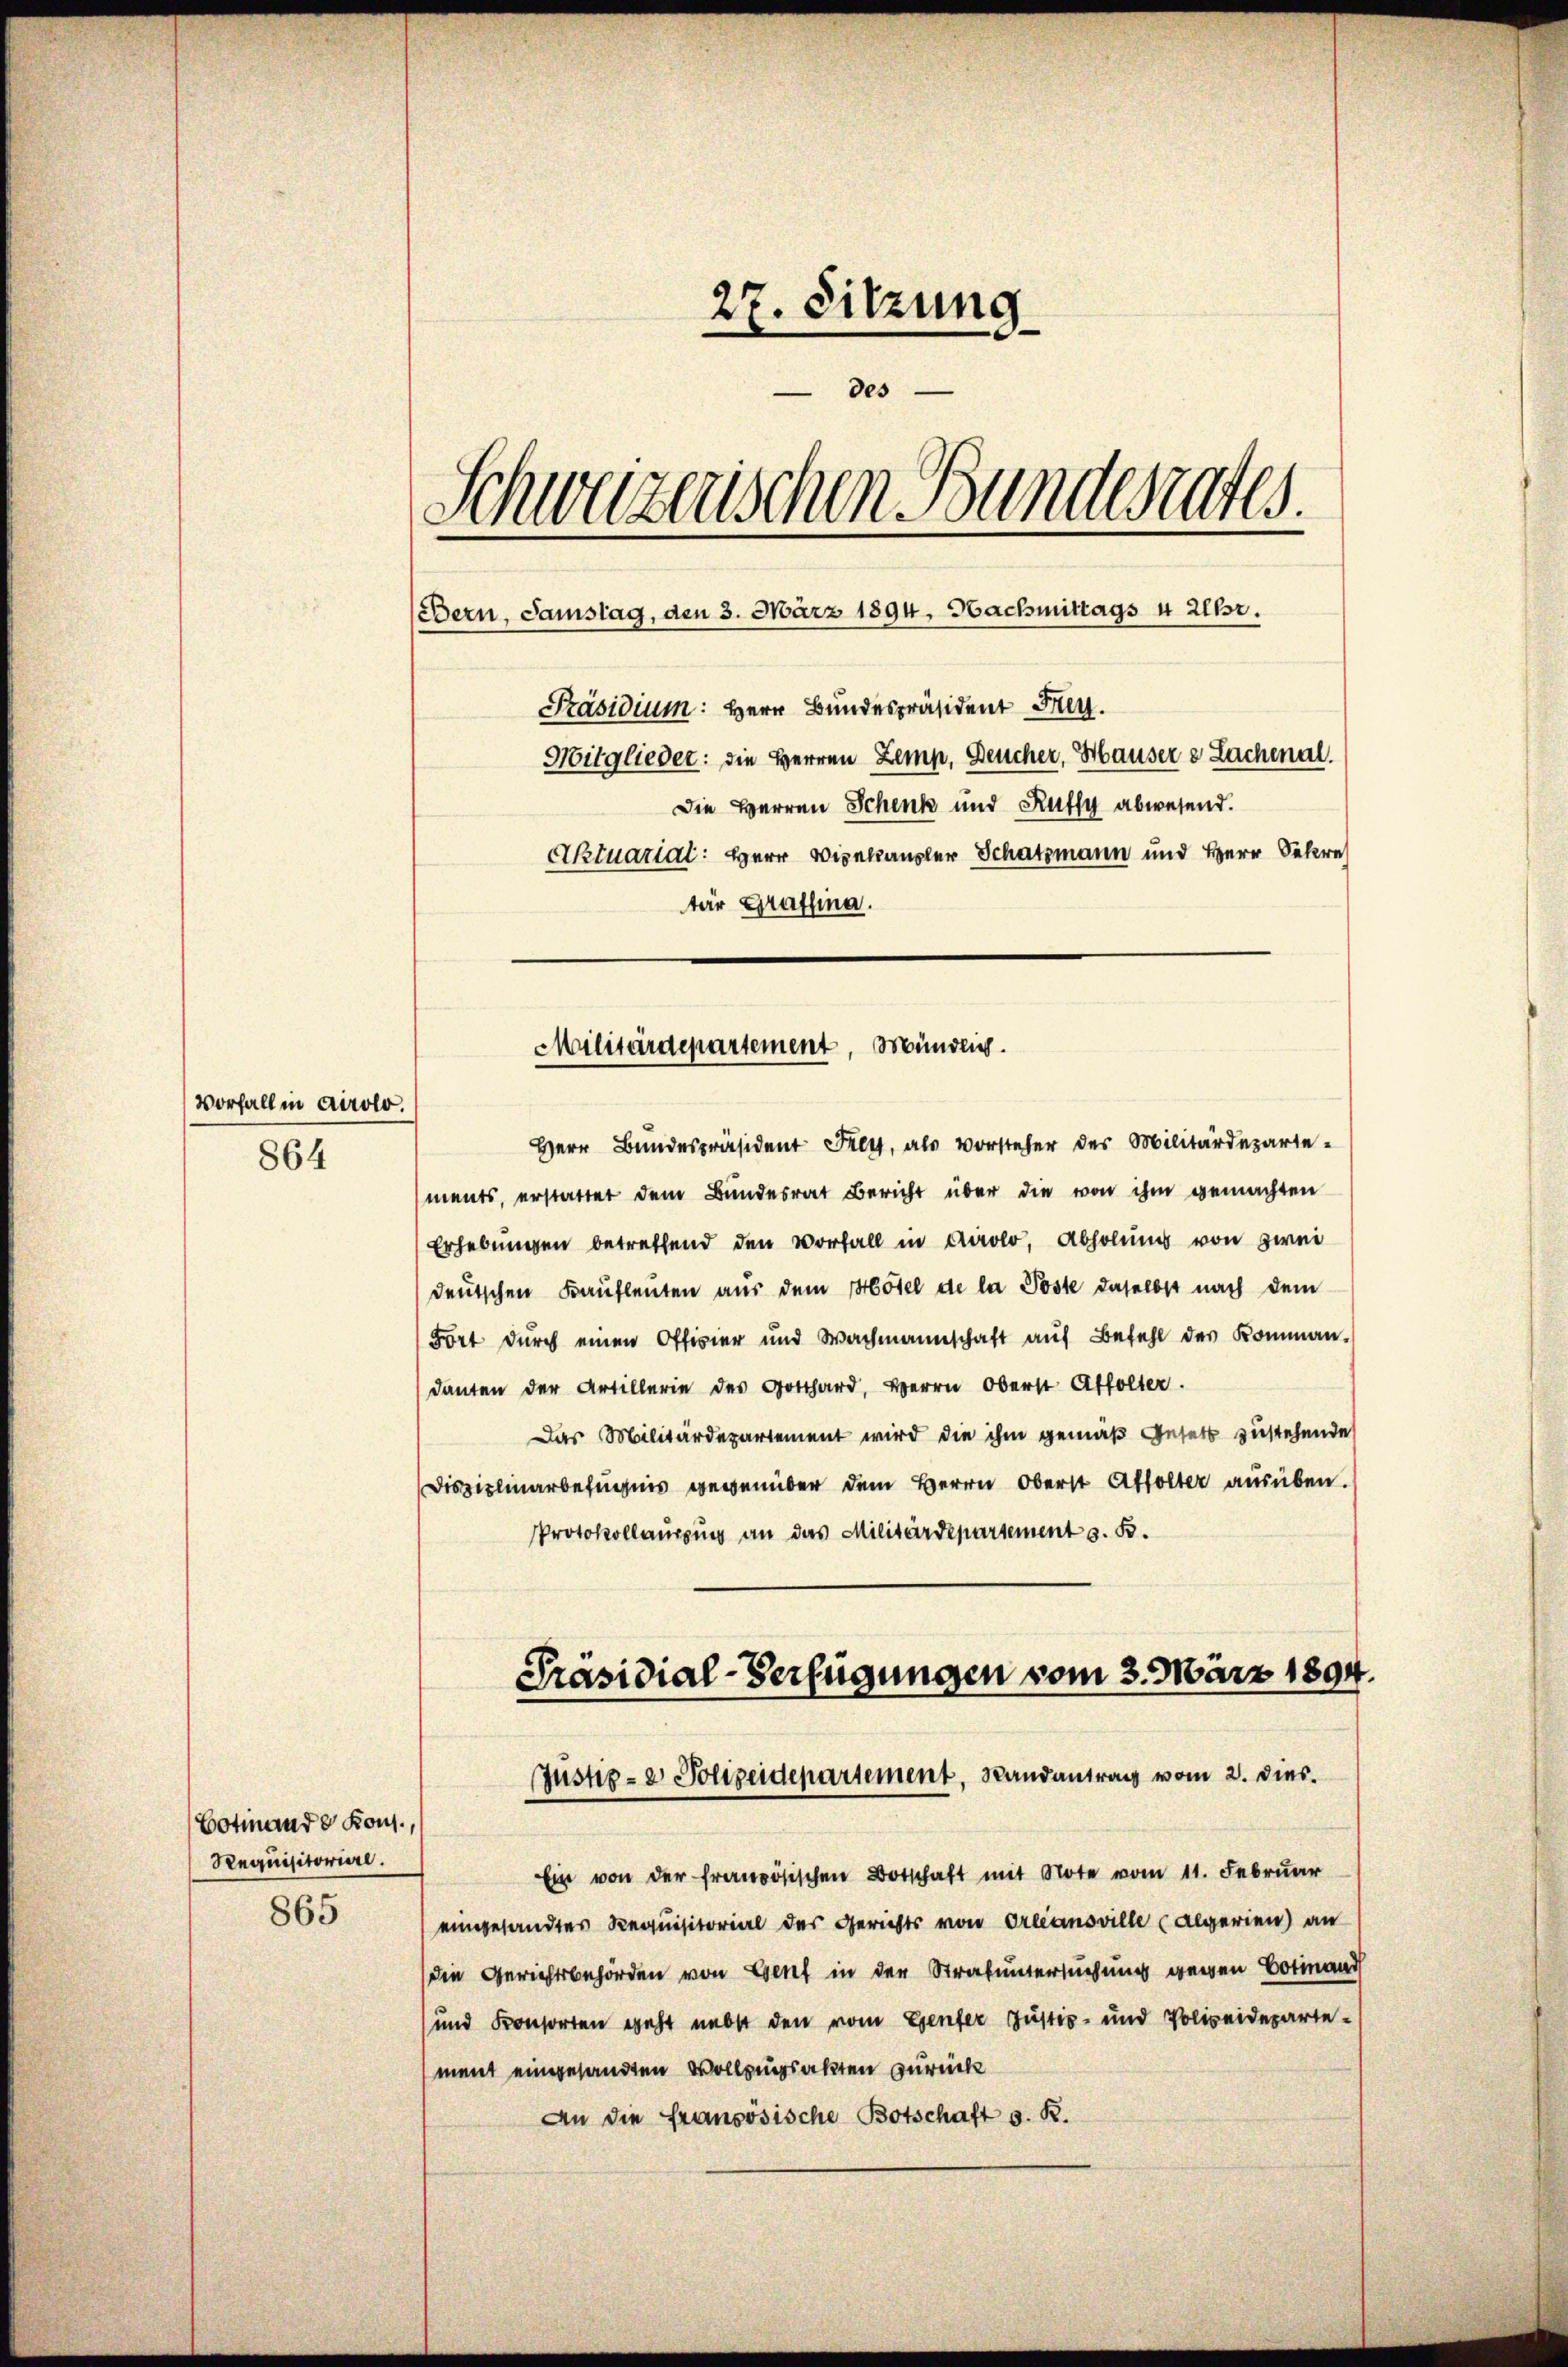
Vorfall in Airolo.
864

27. Sitzung
des
Schweizerischen Bundesrates.
Bern, Samstag, den 3. März 1894. Nachmittags 4 Uhr.
Präsidium: Herr Bundespräsident Frey.
Mitglieder: die Herren Zemp, Deucher, Hauser e Lachenal.
Die Herren Schenk und Ruffy abwesend.
Aktuariat: Herr Vizekanzler Schatzmann und Herr Sekre
tar Graffina.

Botinande Kons.,
Requisitoriere.
865

Herr Bŭndespräsident Frey, als Vorsteher des Militärdeparte-
ments, erstattet dem Bundesrat Bericht über die von ihm gemachten
Erhebungen betreffend den Vorfall in Airolo, Abholung von zwei
deutschen Kaufleuten aus dem Hotel de la Poste daselbst nach dem
Fort durch einen Officier und Wachmannschaft aŭf Befehl der Komman-
danten der Artillerie des Gotthard, Herrn Oberst Affolter.
Das Militärdepartement wird die ihm gemäß Gesetz zustehende
Disziplinarbefugnis gegenüber dem Herrn Oberst Affolter ausüben.
Protokollanzung an das Militärdepartement s. B.

Militärdepartement, Mündlig.

Präsidial-Verfügungen vom 3. März 1894.
Justiz- & Polizeidepartement, Randantrag vom 2. dies

Ein von der französischen Botschaft mit Note vom 11. Februar
eingesandtes Requisitorial des Gerichts von Orleansville (algerien) an
die Gerichtsbehörden von Genf in der Strafuntersuchung wegen Botinand
und Kronsorten geht nebst den vom Genfer Justiz- und Polizeideparte-
ment eingesandten Vollzugsakten zurück
An die französische Botschaft d. R.